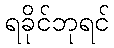
ရခိုင်ဘုရင်